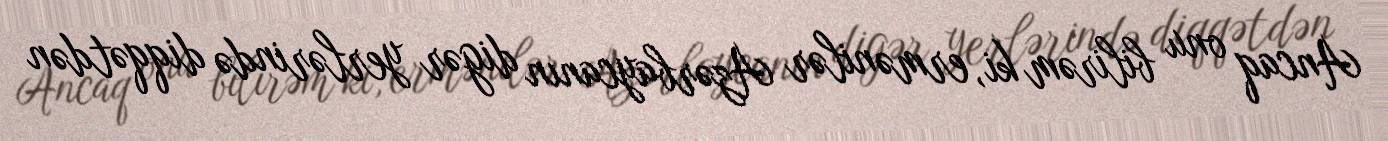
Ancaq onu bilirəm ki, ermənilər Azərbaycanın digər yerlərində diqqətdən